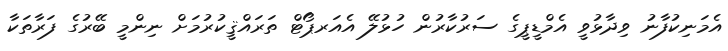
އެމަނިކުފާނު ވިދާޅުވީ އެމްޑީޕީގެ ސަރުކާރުން ހުޅުލޭ އެއަރޕޯޓް ތަރައްޤީކުރުމަށް ނިންމީ ބޭރުގެ ފަރާތަކާ